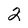
Character: 2